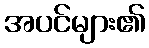
အပင်များ၏